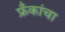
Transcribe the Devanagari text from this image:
फ्रँकांचा